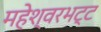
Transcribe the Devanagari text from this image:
महेश्वरभट्ट